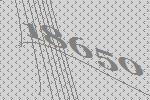
18650